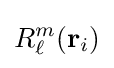
R_{\ell }^{m}(\mathbf {r} _{i})